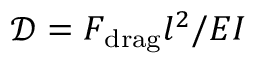
\mathcal { D } = F _ { \mathrm { d r a g } } l ^ { 2 } / E I